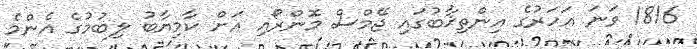
1816 ވަނަ އަހަރުގެ އިންތިޚާބުގައި ޖޭމްސް މޮންރޯއި އަށް ކާމިޔާބު ލިބުމުގެ އެންމެ